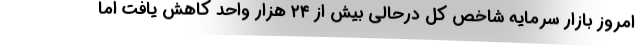
امروز بازار سرمایه شاخص کل درحالی بیش از ۲۴ هزار واحد کاهش یافت اما